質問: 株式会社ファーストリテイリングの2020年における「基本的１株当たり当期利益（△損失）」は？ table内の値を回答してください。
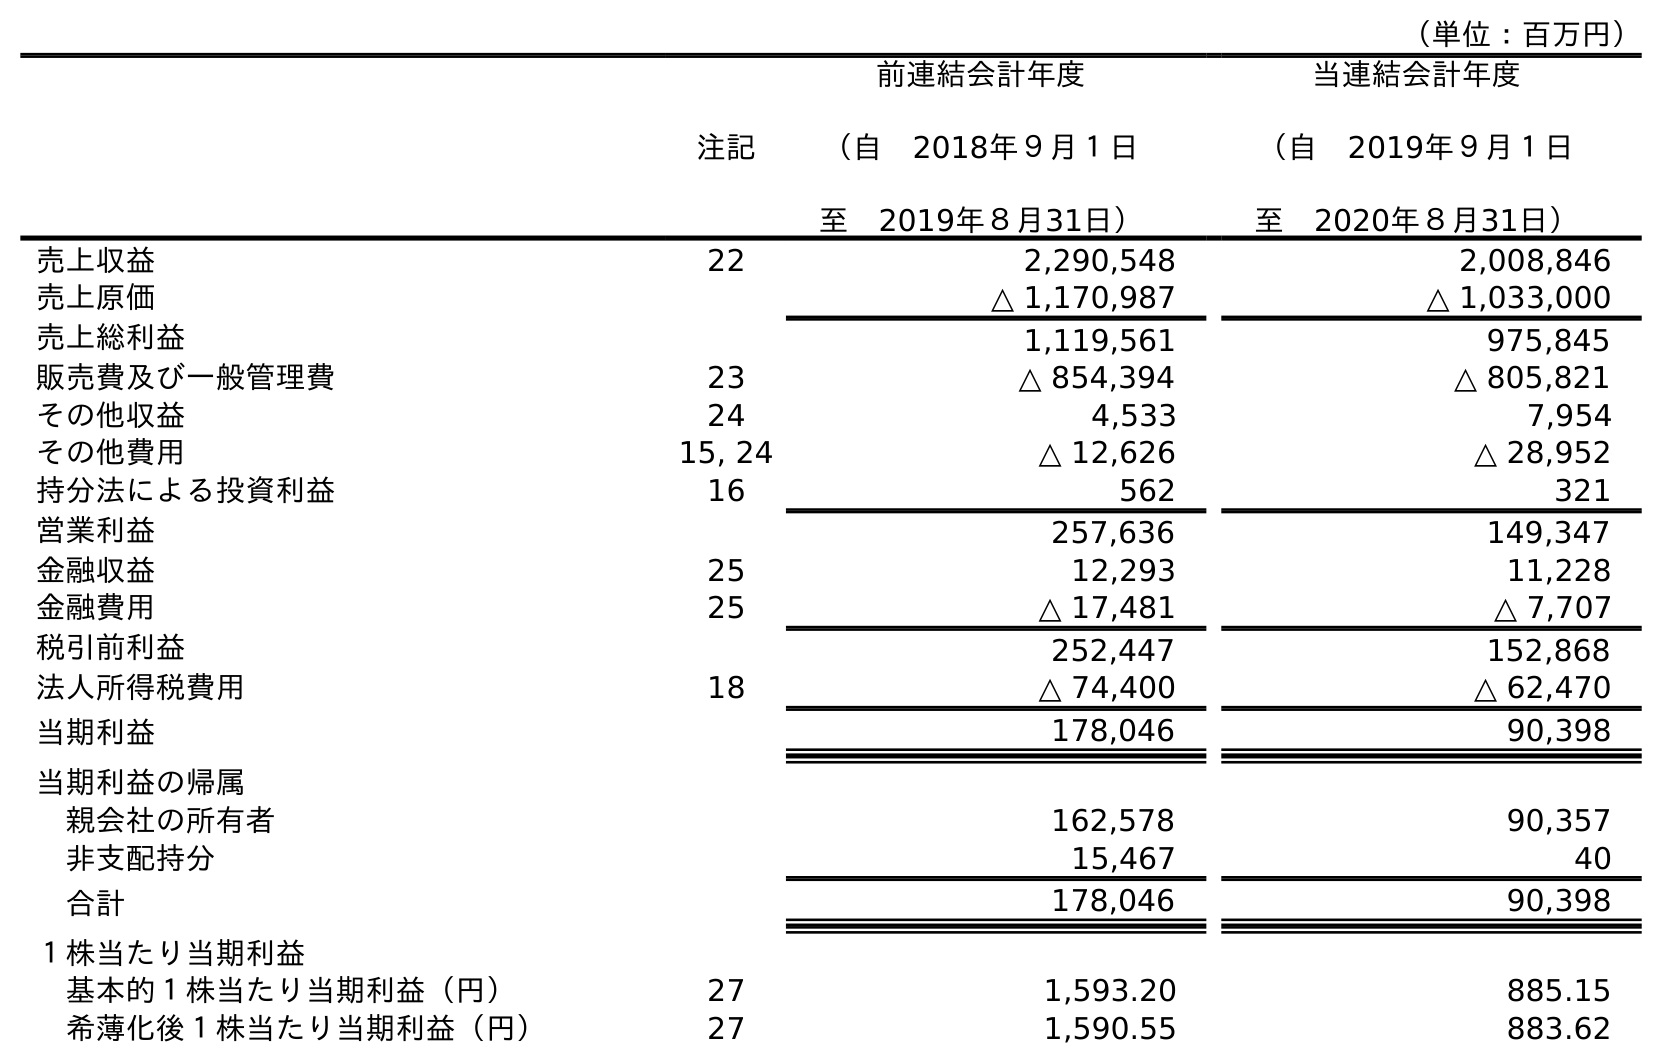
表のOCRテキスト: （単位：百万円） 注記 前連結会計年度 （自 2018年９月１日 至 2019年８月31日） 当連結会計年度 （自 2019年９月１日 至 2020年８月31日） 売上収益 22 2,290,548 2,008,846 売上原価 △ 1,170,987 △ 1,033,000 売上総利益 1,119,561 975,845 販売費及び一般管理費 23 △ 854,394 △ 805,821 その他収益 24 4,533 7,954 その他費用 15, 24 △ 12,626 △ 28,952 持分法による投資利益 16 562 321 営業利益 257,636 149,347 金融収益 25 12,293 11,228 金融費用 25 △ 17,481 △ 7,707 税引前利益 252,447 152,868 法人所得税費用 18 △ 74,400 △ 62,470 当期利益 178,046 90,398 当期利益の帰属 親会社の所有者 162,578 90,357 非支配持分 15,467 40 合計 178,046 90,398 １株当たり当期利益 基本的１株当たり当期利益（円） 27 1,593.20 885.15 希薄化後１株当たり当期利益（円） 27 1,590.55 883.62
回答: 885.15